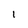
Character: I